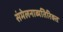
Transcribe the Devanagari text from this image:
संमेलनाव्यतिरिक्त